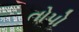
તોપો